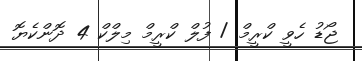
ޖޯޑު ހެވީ ކްރީމް / ފުލް ކްރީމް މިލްކް 4 ދޮންކެޔޮ